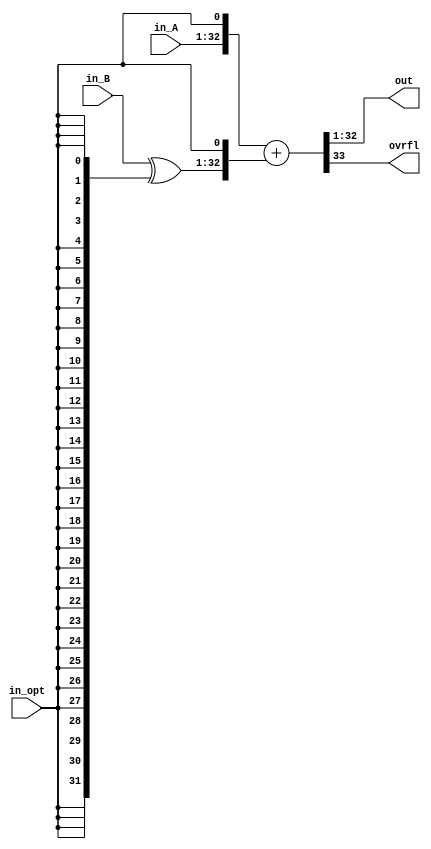
`timescale 1ns/1ps
module add_sub #(parameter WIDTH = 32) (
  input [WIDTH-1:0] in_A,
  input [WIDTH-1:0] in_B,
  input in_opt,
  output reg[WIDTH-1:0] out,
  output reg ovrfl);
    
wire [WIDTH-1:0] temp;
reg [WIDTH+1:0] temp1;

assign temp = in_B ^ {WIDTH{in_opt}};


always @* begin
    temp1 = {in_A, in_opt} + {temp, in_opt};
	 {ovrfl, out} = temp1[WIDTH+1:1];
end
endmodule